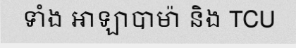
ទាំង អាឡាបាម៉ា និង TCU